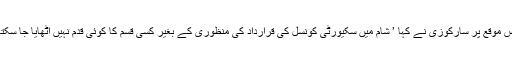
اس موقع پر سارکوزی نے کہا ’ شام میں سکیورٹی کونسل کی قرارداد کی منظوری کے بغیر کسی قسم کا کوئی قدم نہیں اُٹھایا جا سکتا۔